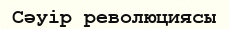
Сәуір революциясы